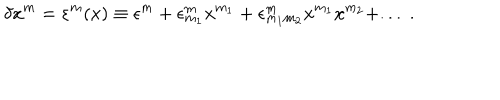
\delta x ^ { m } = \varepsilon ^ { m } ( x ) \equiv \epsilon ^ { m } + \epsilon _ { m _ { 1 } } ^ { m } x ^ { m _ { 1 } } + \epsilon _ { m _ { 1 } m _ { 2 } } ^ { m } x ^ { m _ { 1 } } x ^ { m _ { 2 } } + . . . \; .